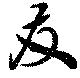
友